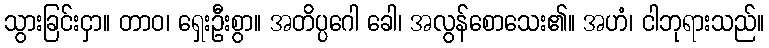
သွားခြင်းငှာ။ တာဝ၊ ရှေးဦးစွာ။ အတိပ္ပဂေါ ခေါ၊ အလွန်စောသေး၏။ အဟံ၊ ငါဘုရားသည်။